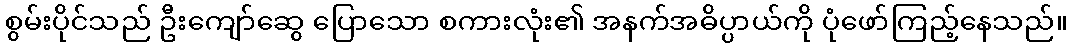
စွမ်းပိုင်သည် ဦးကျော်ဆွေ ပြောသော စကားလုံး၏ အနက်အဓိပ္ပာယ်ကို ပုံဖော်ကြည့်နေသည်။